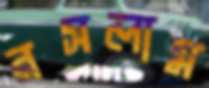
রসলাম